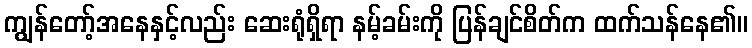
ကျွန်တော့်အနေနှင့်လည်း ဆေးရုံရှိရာ နမ့်ခမ်းကို ပြန်ချင်စိတ်က ထက်သန်နေ၏။